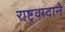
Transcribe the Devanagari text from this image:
राष्ट्रवादाने